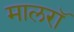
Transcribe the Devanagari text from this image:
मालरॉ